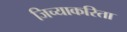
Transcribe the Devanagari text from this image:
जिच्याकरिता